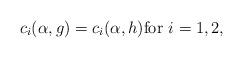
LaTeX: \begin{align*} c_i(\alpha,g)=c_i(\alpha,h) \mbox{for } i=1,2, \end{align*}